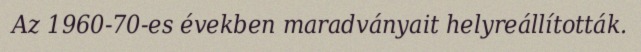
Az 1960-70-es években maradványait helyreállították.